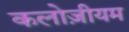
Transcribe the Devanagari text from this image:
कलोज़ीयम